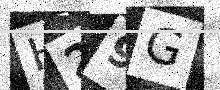
Text: H29G